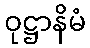
ဝုဋ္ဌာနိမံ